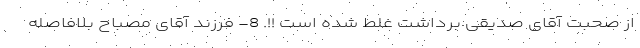
از صحبت آقای صدیقی برداشت غلط شده است !!. 8- فرزند آقای مصباح بلافاصله